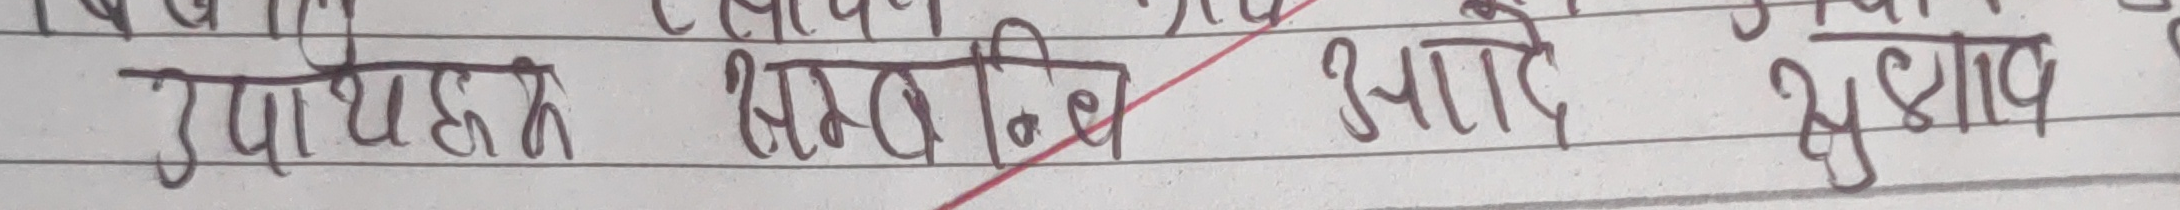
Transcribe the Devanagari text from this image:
उपायहरू सम्बन्धि आदि सुझाव